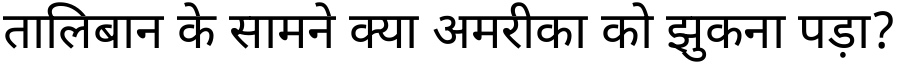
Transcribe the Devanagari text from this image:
तालिबान के सामने क्या अमरीका को झुकना पड़ा?